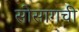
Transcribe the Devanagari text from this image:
सोसागची